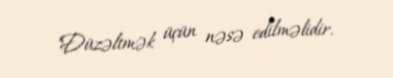
"Düzəltmək üçün nəsə edilməlidir.